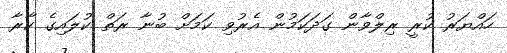
ހައްޔަރު ކުރީ ރިލްވާން ގަދަކަމުން އެރުވި ކަމަށް ބުނާ ރަތް ކުލައިގެ ކާރާ